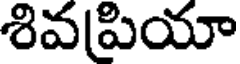
శివపియా